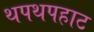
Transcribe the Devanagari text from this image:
थपथपहाट